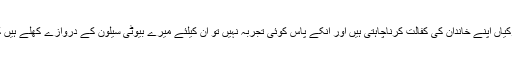
اس حوالے سے رابی پیرزادہ نے کہاکہ جو غریب گھرانے کی لڑکیاں اپنے خاندان کی کفالت کرناچاہتی ہیں اور انکے پاس کوئی تجربہ نہیں تو ان کیلئے میرے بیوٹی سیلون کے دروازے کھلے ہیں کہ وہ یہاں آکر سیکھیں اور ان کو معقول وظیفہ بھی دیا جائے گا ۔